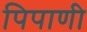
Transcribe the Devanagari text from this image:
पिपाणी